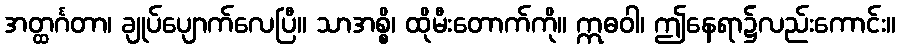
အတ္ထင်္ဂတာ၊ ချုပ်ပျောက်လေပြီ။ သာအစ္စိ၊ ထိုမီးတောက်ကို။ ဣဓဝါ၊ ဤနေရာ၌လည်းကောင်း။